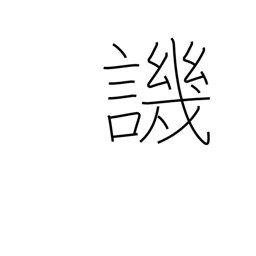
Meaning: criticize